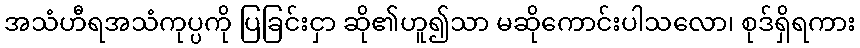
အသံဟီရအသံကုပ္ပကို ပြခြင်းငှာ ဆို၏ဟူ၍သာ မဆိုကောင်းပါသလော၊ စုဒ်ရှိရကား